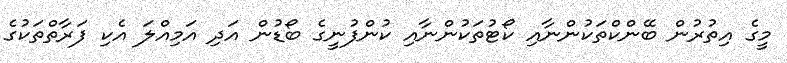
މީގެ އިތުރުން ބޭންކްތަކުންނާއި ކޯޓުތަކުންނާއި ކުންފުނީގެ ބޯޑުން އަދި އަމިއްލަ އެކި ފަރާތްތަކުގެ